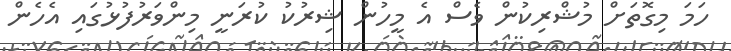
ހަމަ މިގޮތަށް މުޝްރިކުން ވެސް އެ މީހުން ޝިރުކު ކުރަނީ މިންވަރުފުޅުގައި އެހެން